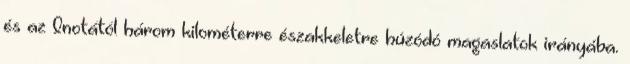
és az Inotától három kilométerre északkeletre húzódó magaslatok irányába.